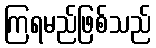
ကြရမည်ဖြစ်သည်